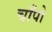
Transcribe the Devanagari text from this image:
चाँपो